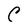
Character: C